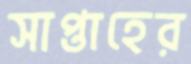
সাপ্তাহের